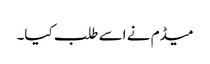
میڈم نے اسے طلب کیا۔